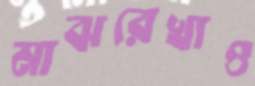
মাঝরেখাও